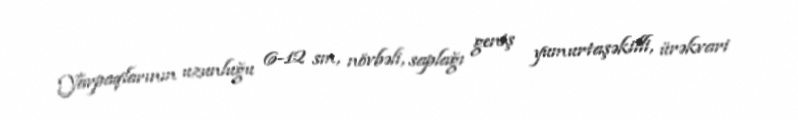
Yarpaqlarının uzunluğu 6-12 sm, növbəli, saplağı geniş yumurtaşəkilli, ürəkvari